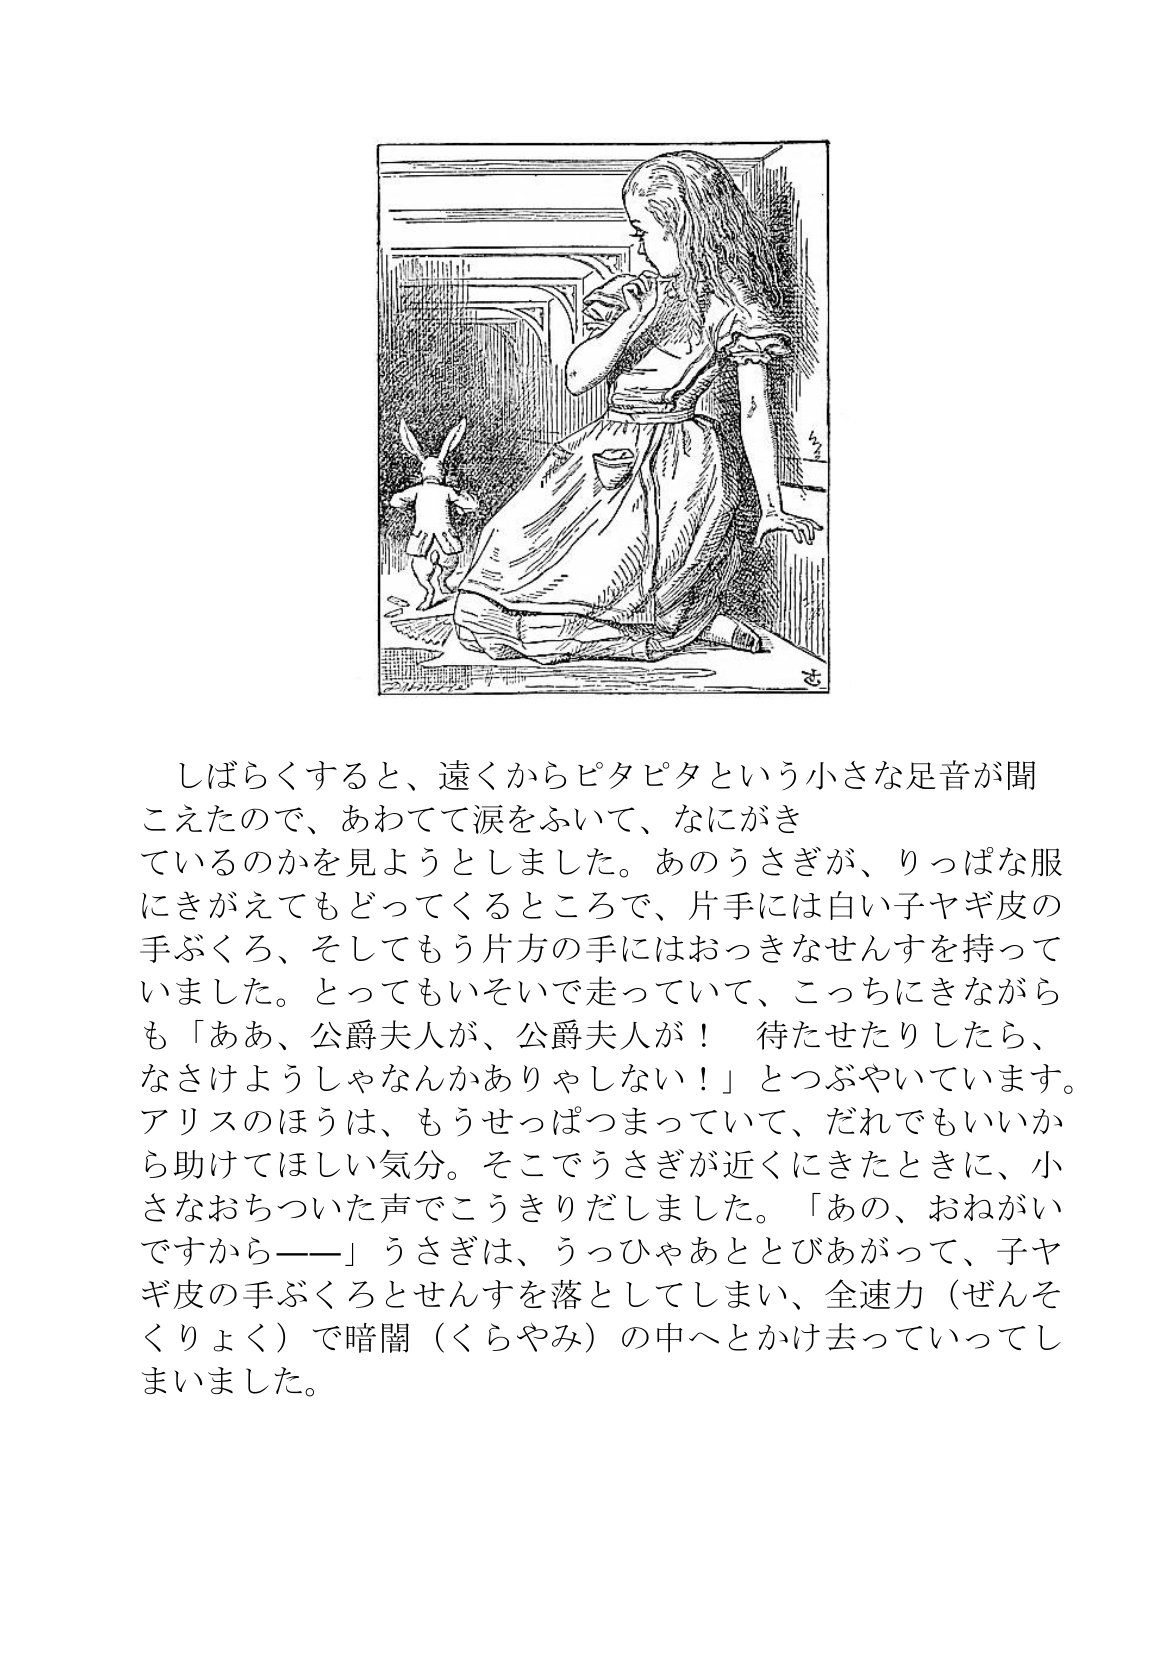
Language: ja